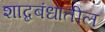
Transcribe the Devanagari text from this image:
शाब्दबंधातील